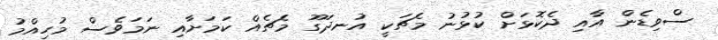
ސްވިޑެން އާއި ދެކޮޅަށް ކުޅުނު މެޗަކީ އުނދަގޫ މެޗެއް ކަމަށާއި ނަމަވެސް މުހިއްމު